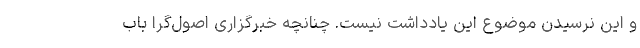
و این نرسیدن موضوع این یادداشت نیست. چنانچه خبرگزاری اصول‌گرا باب